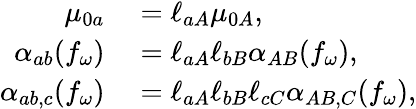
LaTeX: \begin{array}{rl}{\mu_{0a}}&{{}=\ell_{aA}\mu_{0A},}\\ {\alpha_{ab}(f_{\omega})}&{{}=\ell_{aA}\ell_{bB}\alpha_{AB}(f_{\omega}),}\\ {\alpha_{ab,c}(f_{\omega})}&{{}=\ell_{aA}\ell_{bB}\ell_{cC}\alpha_{AB,C}(f_{\omega}),}\end{array}